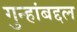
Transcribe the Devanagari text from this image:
गुन्हांबद्दल